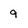
Character: 9